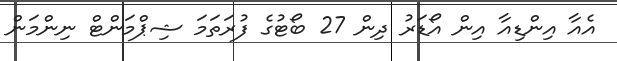
އެއާ އިންޑިއާ އިން އޯޑަރު ދިން 27 ބޯޓުގެ ފުރަތަމަ ޝިޕްމަންޓް ނިންމަން